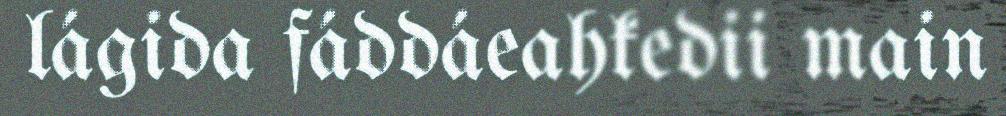
lágida fáddáeahkedii main